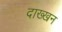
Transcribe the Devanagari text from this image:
दाख्खन